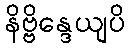
နိဗ္ဗိန္ဒေယျပိ